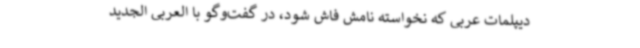
دیپلمات عربی که نخواسته نامش فاش شود، در گفت‌وگو با العربی الجدید